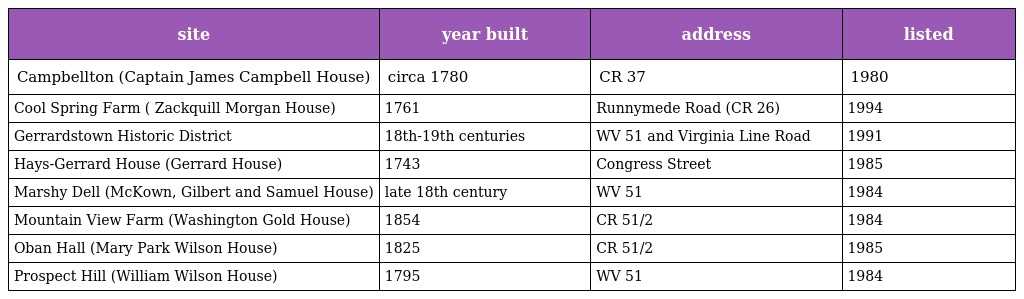
| site | year built | address | listed |
 | --- | --- | --- | --- |
 | Campbellton (Captain James Campbell House) | circa 1780 | CR 37 | 1980 |
 | Cool Spring Farm ( Zackquill Morgan House) | 1761 | Runnymede Road (CR 26) | 1994 |
 | Gerrardstown Historic District | 18th-19th centuries | WV 51 and Virginia Line Road | 1991 |
 | Hays-Gerrard House (Gerrard House) | 1743 | Congress Street | 1985 |
 | Marshy Dell (McKown, Gilbert and Samuel House) | late 18th century | WV 51 | 1984 |
 | Mountain View Farm (Washington Gold House) | 1854 | CR 51/2 | 1984 |
 | Oban Hall (Mary Park Wilson House) | 1825 | CR 51/2 | 1985 |
 | Prospect Hill (William Wilson House) | 1795 | WV 51 | 1984 |